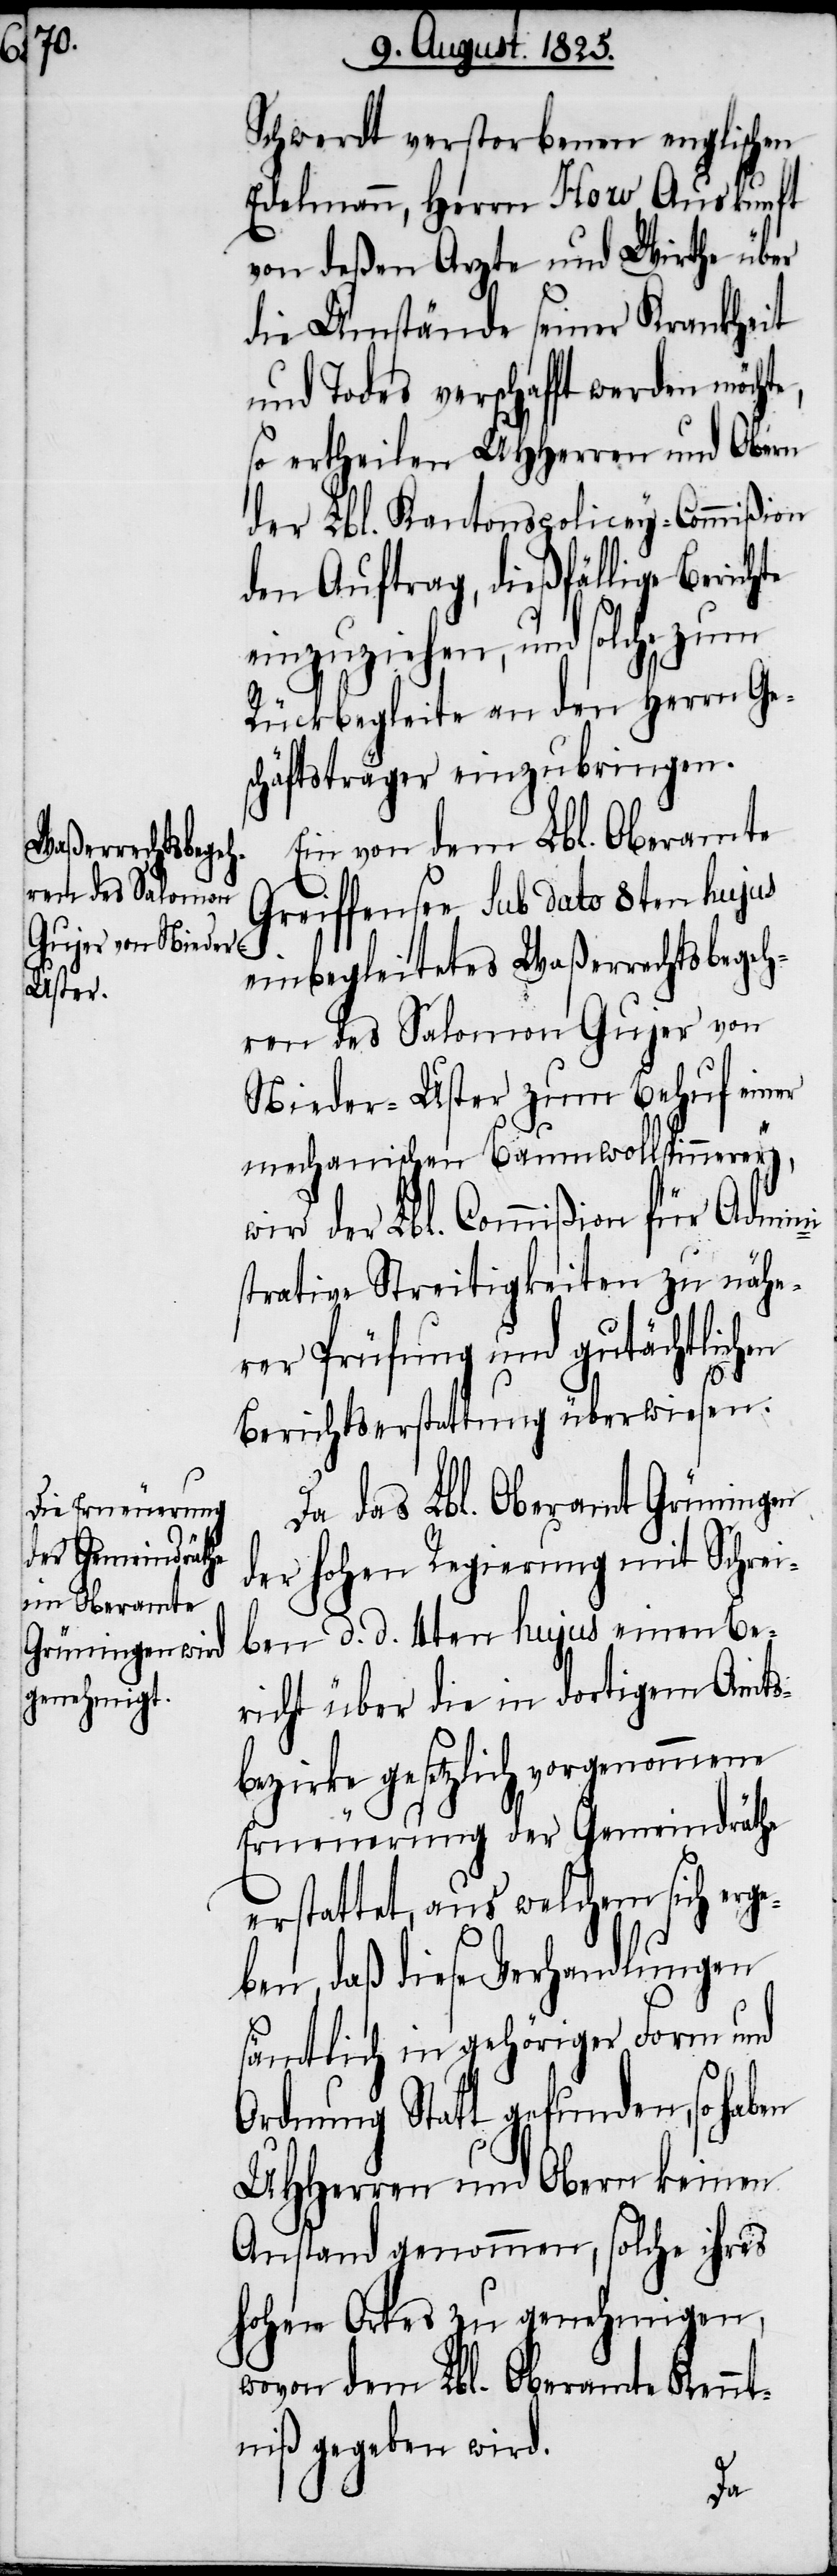
Schwerdt verstorbenen englischen
Edelmann, Herrn How Auskunft
von deßen Arzte und Wirthe über
die Umstände seiner Krankheit
und Todes verschafft werden möcht¬
so ertheilen UHHerren und Obern
der Lbl. Kantonspolicey-Commißion
den Auftrag, dießfällige Berichte
einzuziehen, und solche zum
Rückbegleite an den Herrn Ge¬
schäftsträger einzubringen.
Ein von dem Lbl. Oberamte
Greiffensee sub dato 8ten hujus
einbegleitetes Waßerrechtsbegeh¬
ren des Salomon Gujer von
Nieder-Uster zum Behuf einer
mechanischen Baumwollspinnerey,
wird der Lbl. Commißion für Admini¬
e,
strative Streitigkeiten zur nähe¬
rer Prüfung und gutächtlichen
Berichtserstattung überwiesen.
Da das Lbl. Oberamt Grüningen
der hohen Regierung mit Schrei¬
ben d. d. 4ten hujus einen Be¬
richt über die in dortigen Amts¬
bezirke gesetzlich vorgenommene
Erneuerung der Gemeindräthe
erstattet, aus welchem sich erge¬
ben, daß diese Verhandlungen
sämtlich in gehöriger Form und
Ordnung Statt gefunden, so haben
UHHerren und Obern keinen
Anstand genommen, solche ihres
hohen Ortes zu genehmigen,
wovon dem Lbl. Oberamte Kennt¬
niß gegeben wird.